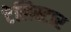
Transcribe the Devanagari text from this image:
टेलिस्टार